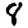
Digit: 8